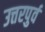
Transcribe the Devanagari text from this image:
उत्तरपुर्व